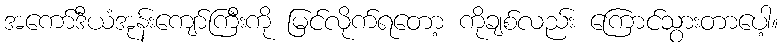
အကော်ဒီယံအုန်းကျော်ကြီးကို မြင်လိုက်ရတော့ ကိုချစ်လည်း ကြောင်သွားတာပေါ့။